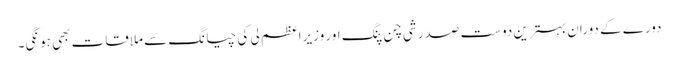
دورے کے دوران بہترین دوست صدر شی چن پنگ اور وزیراعظم لی کی چیانگ سے ملاقات بھی ہونگی۔